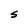
Character: S